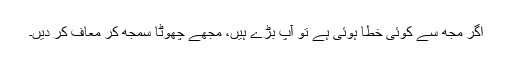
اگر مجھ سے کوئی خطا ہوئی ہے تو آپ بڑے ہیں، مجھے چھوٹا سمجھ کر معاف کر دیں۔